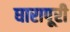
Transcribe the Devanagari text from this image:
घारापूरी